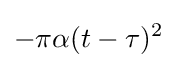
{-{\pi }\alpha (t-\tau )^{2}}